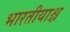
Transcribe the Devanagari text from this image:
भारतीयाश्च